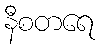
နီစတရေ